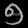
Digit: ၅